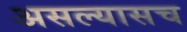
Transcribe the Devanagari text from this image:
असल्यासच